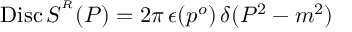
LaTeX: \mathrm { D i s c } \, S ^ { ^ { R } } ( P ) = 2 \pi \, \epsilon ( p ^ { o } ) \, \delta ( P ^ { 2 } - m ^ { 2 } ) \;